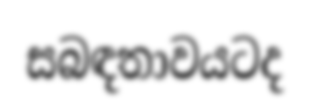
සබඳතාවයටද